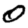
Digit: 0